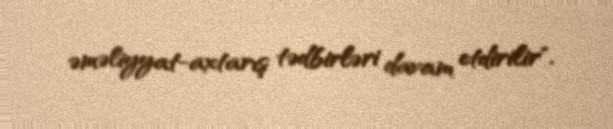
əməliyyat-axtarış tədbirləri davam etdirilir".